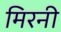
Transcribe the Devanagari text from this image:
मिरनी